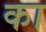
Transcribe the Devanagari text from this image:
का